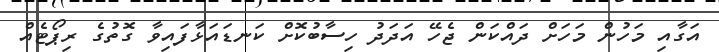
އަގާއި މަހުން މަހަށް ދައްކަން ޖެހޭ އަދަދު ހިސާބުކޮށް ކަނޑައަޅާފައިވާ ގޮތުގެ ރިޕޯޓެއް